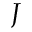
J